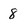
Character: 8